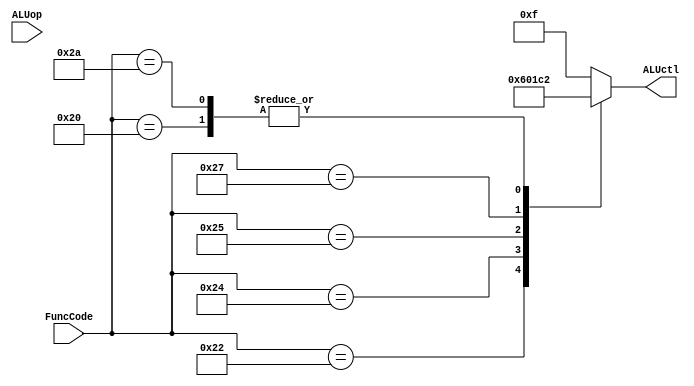
module ALUControl(ALUop, FuncCode, ALUctl);
	input [1:0] ALUop;
	input [5:0] FuncCode;
	output reg [3:0] ALUctl;

	always 
		case (FuncCode)
			32: ALUctl <=2;		// add
			34: ALUctl <=6;		// subtract
			36: ALUctl <=0;		// and
			37: ALUctl <=1;		// or
			39: ALUctl <=12;	// nor
			42: ALUctl <=2;		// slt
			default: ALUctl<=15;	// should not happen
		endcase

endmodule